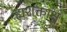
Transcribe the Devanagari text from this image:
ह्यशक्ताश्च